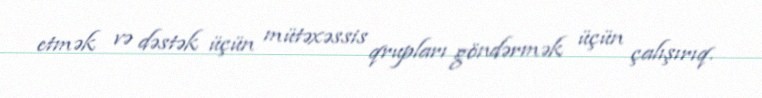
etmək və dəstək üçün mütəxəssis qrupları göndərmək üçün çalışırıq.